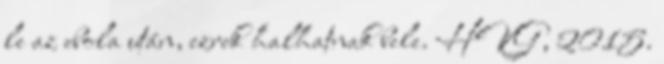
le az ebola után, ezrek halhatnak bele. HVG, 2015.